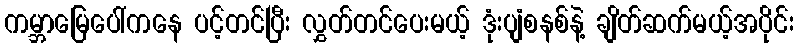
ကမ္ဘာမြေပေါ်ကနေ ပင့်တင်ပြီး လွှတ်တင်ပေးမယ့် ဒုံးပျံစနစ်နဲ့ ချိတ်ဆက်မယ့်အပိုင်း